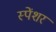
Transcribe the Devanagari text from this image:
स्पेंशर